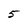
Character: 5